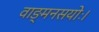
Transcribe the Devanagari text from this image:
वाङ्मनसयोः।